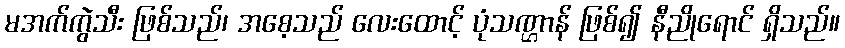
မအက်ကွဲသီး ဖြစ်သည်၊ အစေ့သည် လေးထောင့် ပုံသဏ္ဌာန် ဖြစ်၍ နီညိုရောင် ရှိသည်။